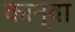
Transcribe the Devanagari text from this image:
कान्वा